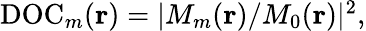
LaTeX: \begin{array}{r}{\mathrm{DOC}_{m}({\mathbf r})=|M_{m}({\mathbf r})/M_{0}({\mathbf r})|^{2},}\end{array}